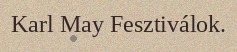
Karl May Fesztiválok.